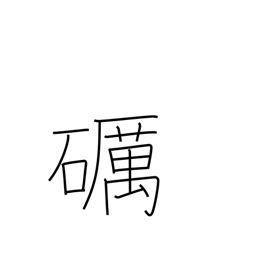
Meaning: polish